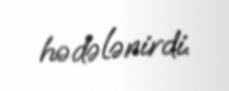
hədələnirdi.